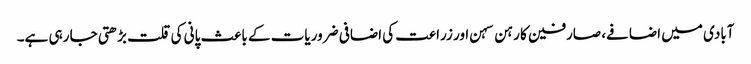
آبادی میں اضافے، صارفین کا رہن سہن اور زراعت کی اضافی ضروریات کے باعث پانی کی قلت بڑھتی جا رہی ہے۔